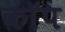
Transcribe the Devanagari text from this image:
काॅप